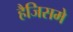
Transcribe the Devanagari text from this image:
हैजिसमे